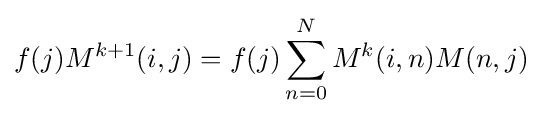
f(j)M^{k+1}(i,j)=f(j)\sum _{n=0}^{N}M^{k}(i,n)M(n,j)